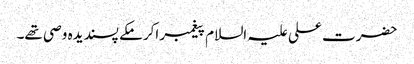
حضرت علی علیہ السلام پیغمبر اکرمکے پسندیدہ وصی تھے۔